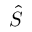
\hat { S }